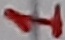
Text: 1